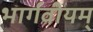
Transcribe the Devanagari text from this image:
भार्गवीयम्